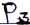
Text: P3